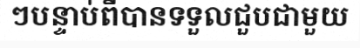
ៗបន្ទាប់ពីបានទទួលជួបជាមួយ